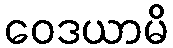
ဝေဒယာမိ